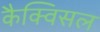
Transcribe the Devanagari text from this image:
कैक्विसल